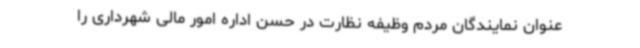
عنوان نمایندگان مردم وظیفه نظارت در حسن اداره امور مالی شهرداری را